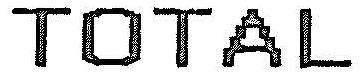
TOTAL